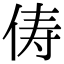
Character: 俦